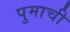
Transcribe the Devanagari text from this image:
पुमाची